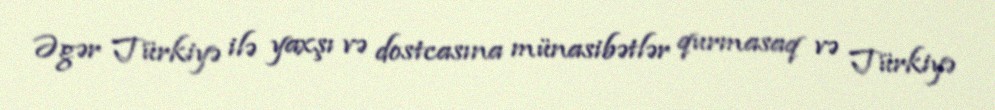
Əgər Türkiyə ilə yaxşı və dostcasına münasibətlər qurmasaq və Türkiyə